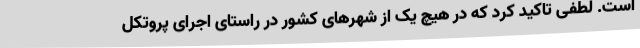
است. لطفی تاکید کرد که در هیچ یک از شهرهای کشور در راستای اجرای پروتکل